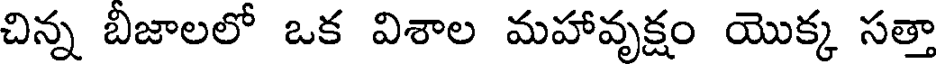
చిన్న బీజాలలో ఒక విశాల మహావృక్షం యొక్క సత్తా